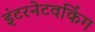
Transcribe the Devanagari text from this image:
इंटरनेटवर्किंग